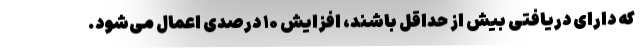
که دارای دریافتی بیش از حداقل باشند، افزایش ۱۰ درصدی اعمال می‌شود.